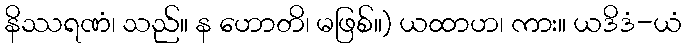
နိဿရဏံ၊ သည်။ န ဟောတိ၊ မဖြစ်။) ယထာဟ၊ ကား။ ယဒိဒံ-ယံ